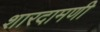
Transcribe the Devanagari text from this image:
शारदामणी